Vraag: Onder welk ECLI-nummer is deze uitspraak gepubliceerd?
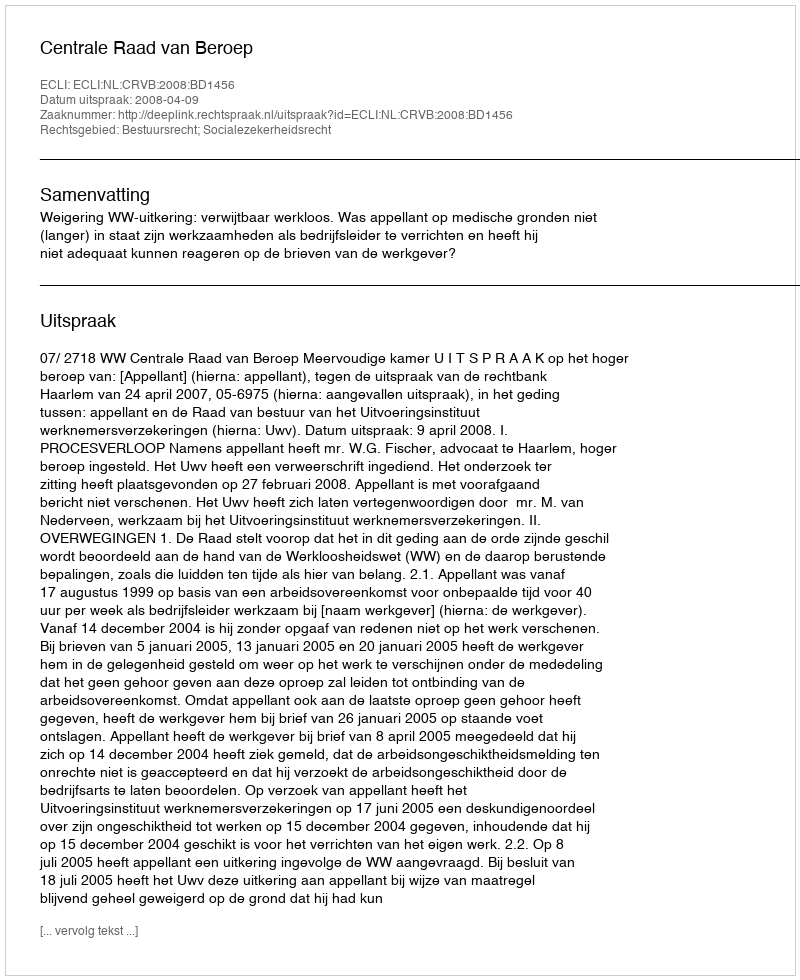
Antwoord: ECLI:NL:CRVB:2008:BD1456